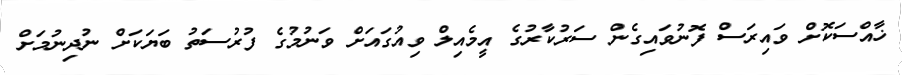
ޚާއްސަކޮށް ވައިރަސް ފޮނުވައިގެން ސަރުކާރުގެ އީމެއިލް ވިއުގައަށް ވަނުމުގެ ފުރުސަތު ބަޔަކަށް ނުދިނުމަށް